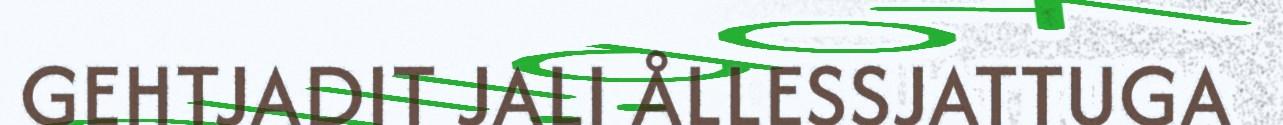
GEHTJADIT JALI ÅLLESSJATTUGA